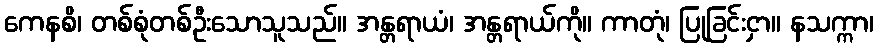
ကေနစိ၊ တစ်စုံတစ်ဦးသောသူသည်။ အန္တရာယံ၊ အန္တရာယ်ကို။ ကာတုံ၊ ပြုခြင်းငှာ။ နသက္ကာ၊